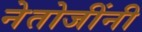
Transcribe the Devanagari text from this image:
नेतोजींनी